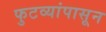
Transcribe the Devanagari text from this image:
फुटव्यांपासून